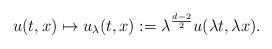
LaTeX: \begin{align*}u(t,x)\mapsto u_{\lambda}(t,x):=\lambda^{\frac{d-2}{2}} u(\lambda t, \lambda x).\end{align*}